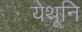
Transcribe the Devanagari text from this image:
येथूनि